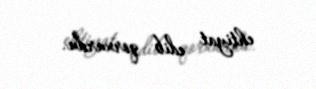
ehtiyat edib qorxurdu.